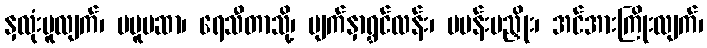
နှလုံးမူလျက်၊ မပူမဆာ၊ ရေသီတာသို့၊ မျက်နှာရွှင်လန်း၊ မပန်းမညှိုး၊ အင်အားကြိုးလျက်၊